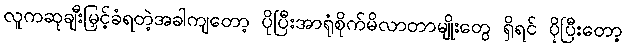
လူကဆုချီးမြှင့်ခံရတဲ့အခါကျတော့ ပိုပြီးအာရုံစိုက်မိလာတာမျိုးတွေ ရှိရင် ပိုပြီးတော့